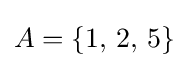
A=\{1,\,2,\,5\}